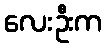
လေးဦးက